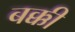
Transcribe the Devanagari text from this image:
बक्की